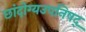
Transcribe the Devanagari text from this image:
छांदोग्यउपनिषद्